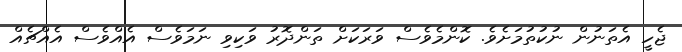
ޖެހީ އެތަނުން ނުކުތުމަށެވެ. ކޮންމެވެސް ވަރަކަށް ތަންދޮރު ވަކިވި ނަމަވެސް އެއްވެސް އެއްޗެއް